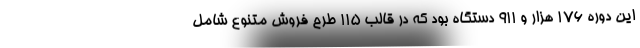
این دوره ۱۷۶ هزار و ۹۱۱ دستگاه بود که در قالب ۱۱۵ طرح فروش متنوع شامل